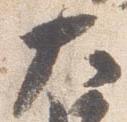
大